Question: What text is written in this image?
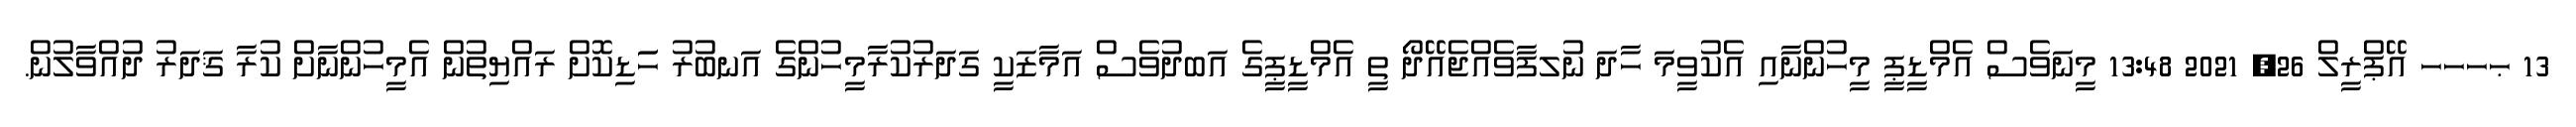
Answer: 13 ޙހހހ އޭޕްރީލް 26, 2021 13:48 މީނަވެސް އެމްޑީޕީ މީހުންނާއި އެކުވީމަ ހާދަ ނުލފާވެއްޖެއޭދޯ ތީ އެމްޑީޕީގެ އަބދުވެސް އަމާޒަކީ ގަދަރުކުރާމީހުންގެ އަނބުރު ހަަޑިކޮށް ރައްޔިތުން އެމީހުންނާށް ކުރާ ޤަދަރު ދުއްވާލުން.